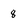
Character: 8